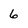
Character: 6